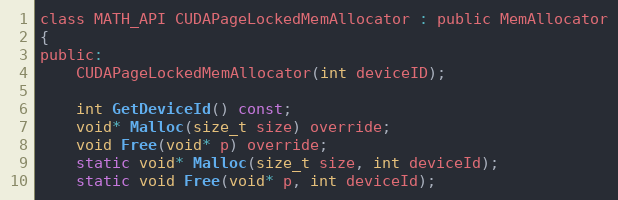
Language: C
class MATH_API CUDAPageLockedMemAllocator : public MemAllocator
{
public:
    CUDAPageLockedMemAllocator(int deviceID);

    int GetDeviceId() const;
    void* Malloc(size_t size) override;
    void Free(void* p) override;
    static void* Malloc(size_t size, int deviceId);
    static void Free(void* p, int deviceId);